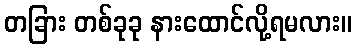
တခြား တစ်ခုခု နားထောင်လို့ရမလား။